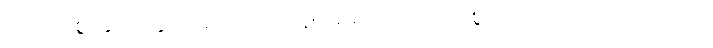
ကောင်းစွာနှလုံးသွင်းအပ်သည်။ သူပဓာရိတံ၊ ကောင်းစွာမှတ်အပ်သည်။ ပညာယ၊